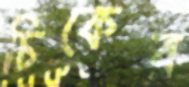
চিকের